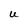
Character: U